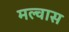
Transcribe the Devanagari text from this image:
मल्वास